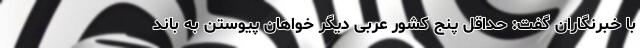
با خبرنگاران گفت: حداقل پنج کشور عربی دیگر خواهان پیوستن به باند